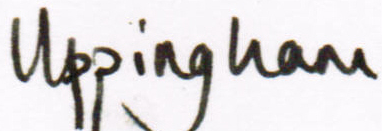
Uppingham